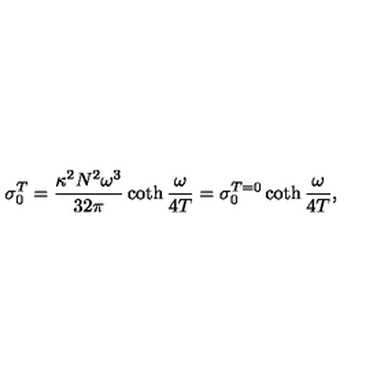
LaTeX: \sigma _ { 0 } ^ { T } = \frac { \kappa ^ { 2 } N ^ { 2 } \omega ^ { 3 } } { 3 2 \pi } \coth { \frac { \omega } { 4 T } } = \sigma _ { 0 } ^ { T = 0 } \coth { \frac { \omega } { 4 T } } ,